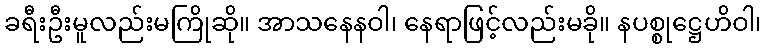
ခရီးဦးမူလည်းမကြိုဆို။ အာသနေနဝါ၊ နေရာဖြင့်လည်းမခို။ နပစ္စုဋ္ဌေဟိဝါ၊